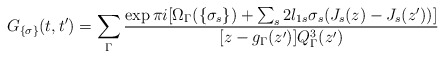
\begin{align*}G_{\{\sigma\}}(t,t')= \sum_\Gamma\frac{\exp\pi i[\Omega_\Gamma(\{\sigma_s\})+\sum_s2l_{1s} \sigma_s(J_s(z)-J_s(z'))]} {[z-g_\Gamma(z')]Q_\Gamma^3(z')}\end{align*}